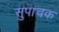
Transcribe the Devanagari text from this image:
सुपाचक